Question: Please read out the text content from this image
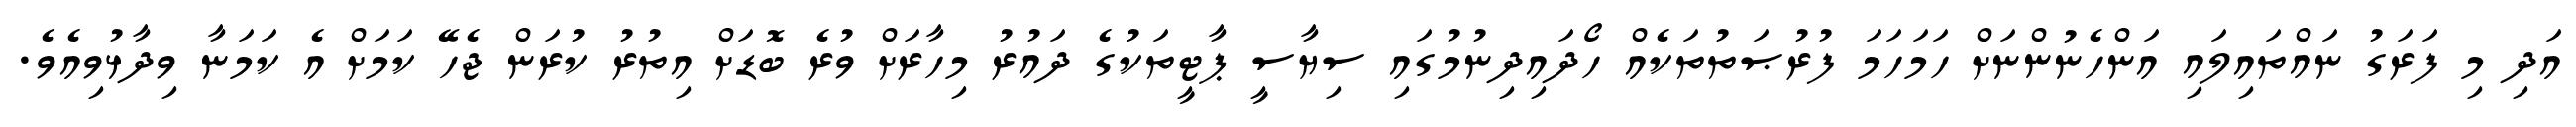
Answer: އަދި މި ފަރަގު ނައްތައިލައި އަންހެނުންނަށް ހަމަހަމަ ފުރުޞަތުތަކެއް ހޯދައިދިނުމުގައި ސިޔާސީ ޕާޓީތަކުގެ ދައުރު މިހާރަށް ވުރެ ބޮޑަށް އިތުރު ކުރަން ޖެހޭ ކަމަށް އެ ކަމަނާ ވިދާޅުވިއެވެ.